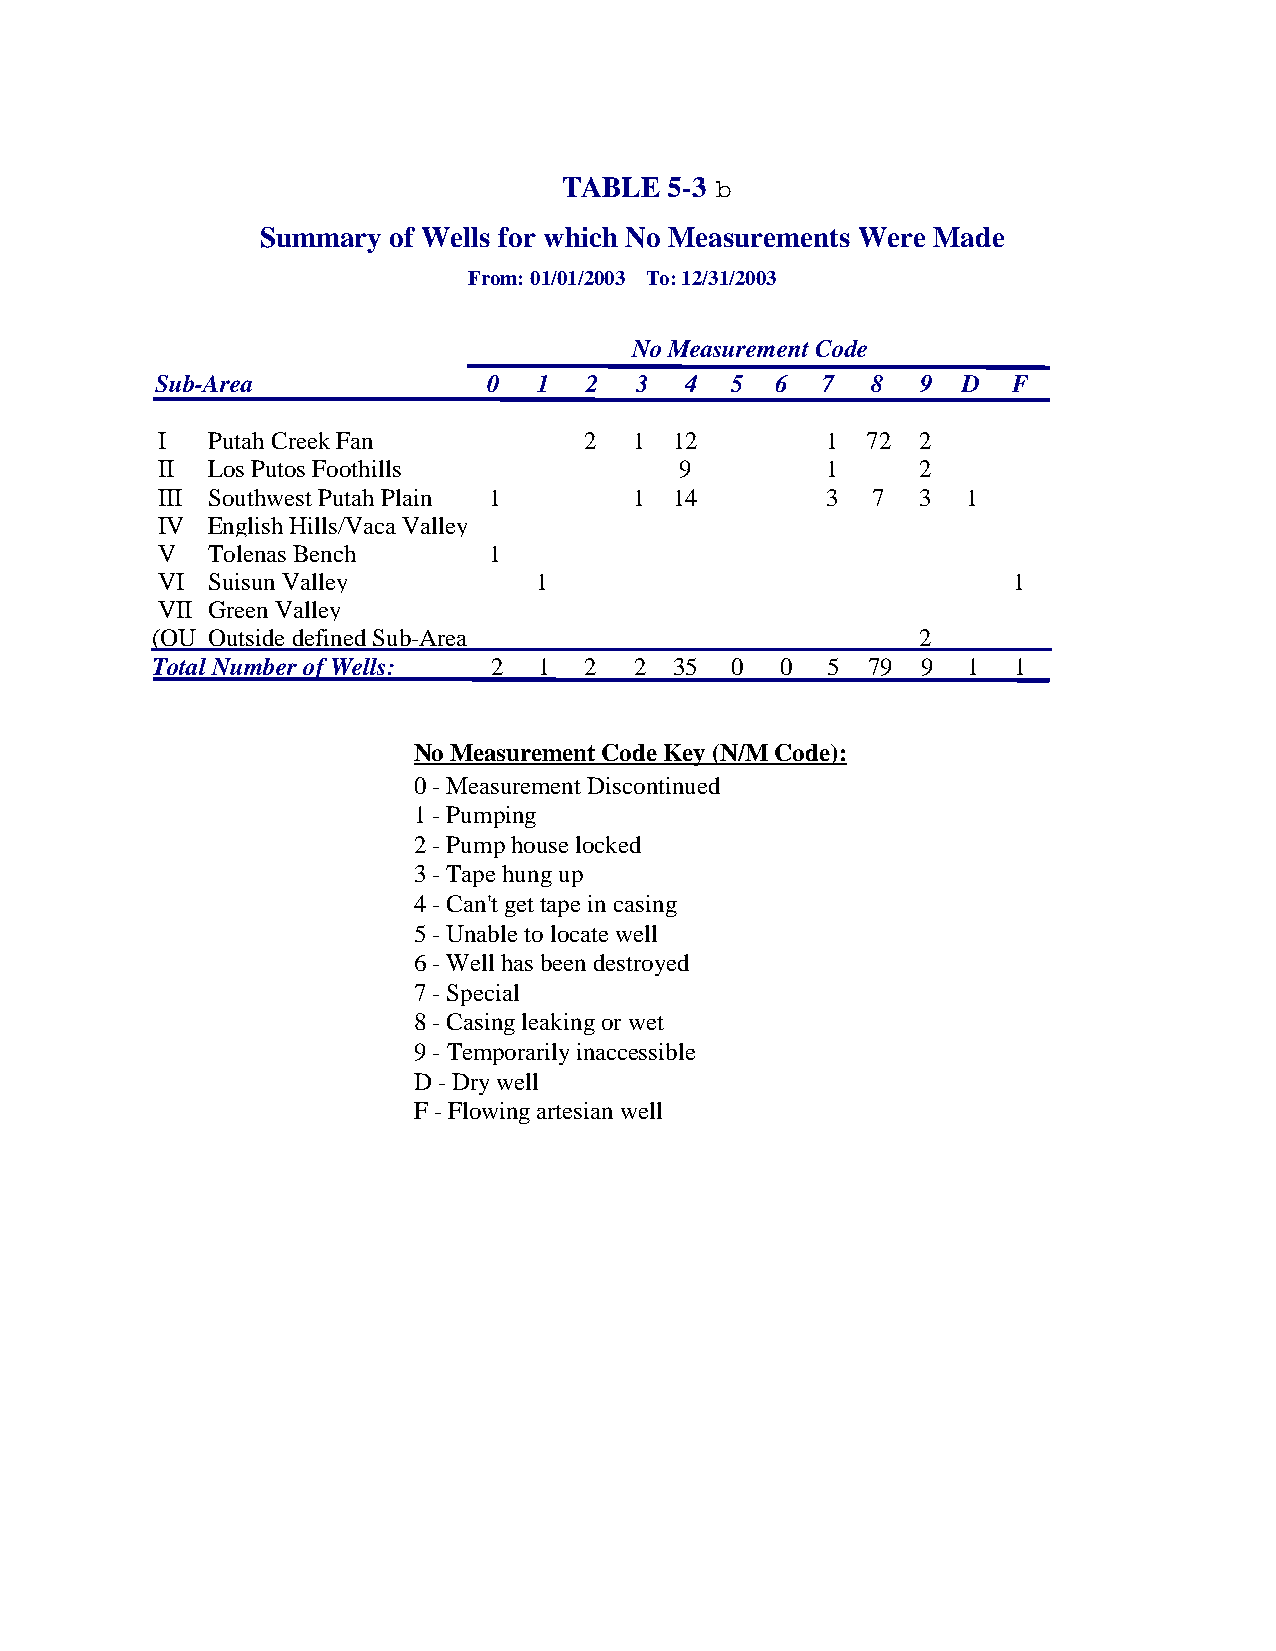
TABLE  5-3
 Summary  of Wells for which No Measurements Were Made
 From: 01/01/2003 To:12/31/2003
 No Measurement Code
 Sub-Area              0   1  2  3  4  5  6  7   8  9  D  F
 I   Putah Creek Fan          2  1  12        1 72  2
 II  Los Putos Foothills            9         1     2
 III Southwest Putah Plain 1     1  14        3  7  3  1
 IV  English Hills/Vaca Valley
 V   Tolenas Bench     1
 VI  Suisun Valley        1                               1
 VII Green Valley
 (OU Outside defined Sub-Area                       2
 Total Number of Wells: 2  1  2  2  35 0   0  5 79  9  1  1
 No Measurement Code Key (N/M Code):
 0 - Measurement Discontinued
 1 - Pumping
 2 - Pump house locked
 3 - Tape hung up
 4 - Can't get tape in casing
 5 - Unable to locate well
 6 - Well has been destroyed
 7 - Special
 8 - Casing leaking or wet
 9 - Temporarily inaccessible
 D - Dry well
 F - Flowing artesian well